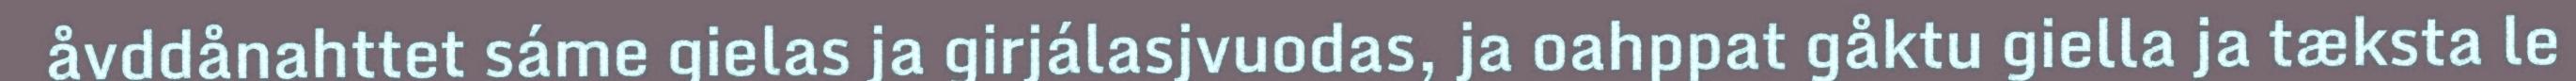
åvddånahttet sáme gielas ja girjálasjvuodas, ja oahppat gåktu giella ja tæksta le